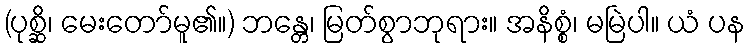
(ပုစ္ဆိ၊ မေးတော်မူ၏။) ဘန္တေ၊ မြတ်စွာဘုရား။ အနိစ္စံ၊ မမြဲပါ။ ယံ ပန